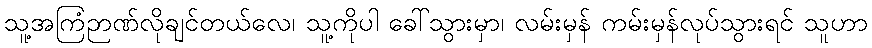
သူ့အကြံဉာဏ်လိုချင်တယ်လေ၊ သူ့ကိုပါ ခေါ်သွားမှာ၊ လမ်းမှန် ကမ်းမှန်လုပ်သွားရင် သူဟာ